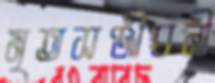
মৃতসঞ্জীবনী